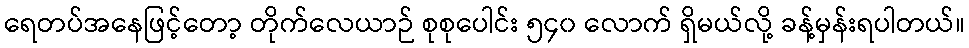
ရေတပ်အနေဖြင့်တော့ တိုက်လေယာဉ် စုစုပေါင်း ၅၄၀ လောက် ရှိမယ်လို့ ခန့်မှန်းရပါတယ်။